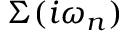
\Sigma ( i \omega _ { n } )